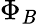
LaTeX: \Phi_{\mathit{B}}